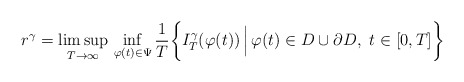
\begin{align*}r^{\gamma} = \limsup_{T \rightarrow \infty} \,\inf_{\varphi(t) \in \Psi} \frac{1}{T} \biggl \{ I_{T}^{\gamma}(\varphi(t)) \, \Bigl \vert \, \varphi(t) \in D \cup \partial D,\,\, t \in [0, T] \biggr\} \end{align*}